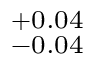
^ { + 0 . 0 4 } _ { - 0 . 0 4 }